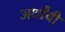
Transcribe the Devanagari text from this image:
अर्थांची